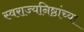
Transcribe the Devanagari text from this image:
स्वराज्यनिष्ठांच्या